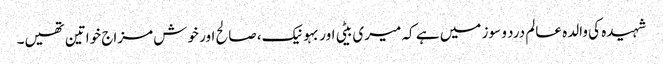
شہیدہ کی والدہ عالم درد و سوز میں ہے کہ میری بیٹی اور بہو نیک، صالح اور خوش مزاج خواتین تھیں۔